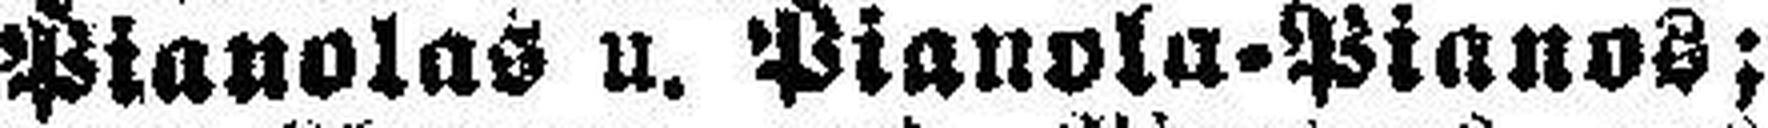
Pianolas u. Pianola=Pianos;